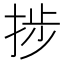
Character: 捗